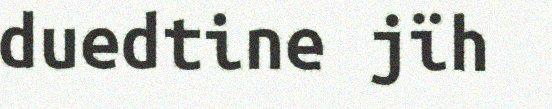
duedtine jïh